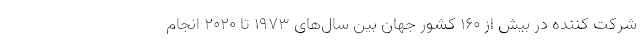
شرکت کننده در بیش از 160 کشور جهان بین سال‌های 1973 تا 2020 انجام